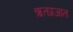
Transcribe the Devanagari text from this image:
ऋतप्रजात